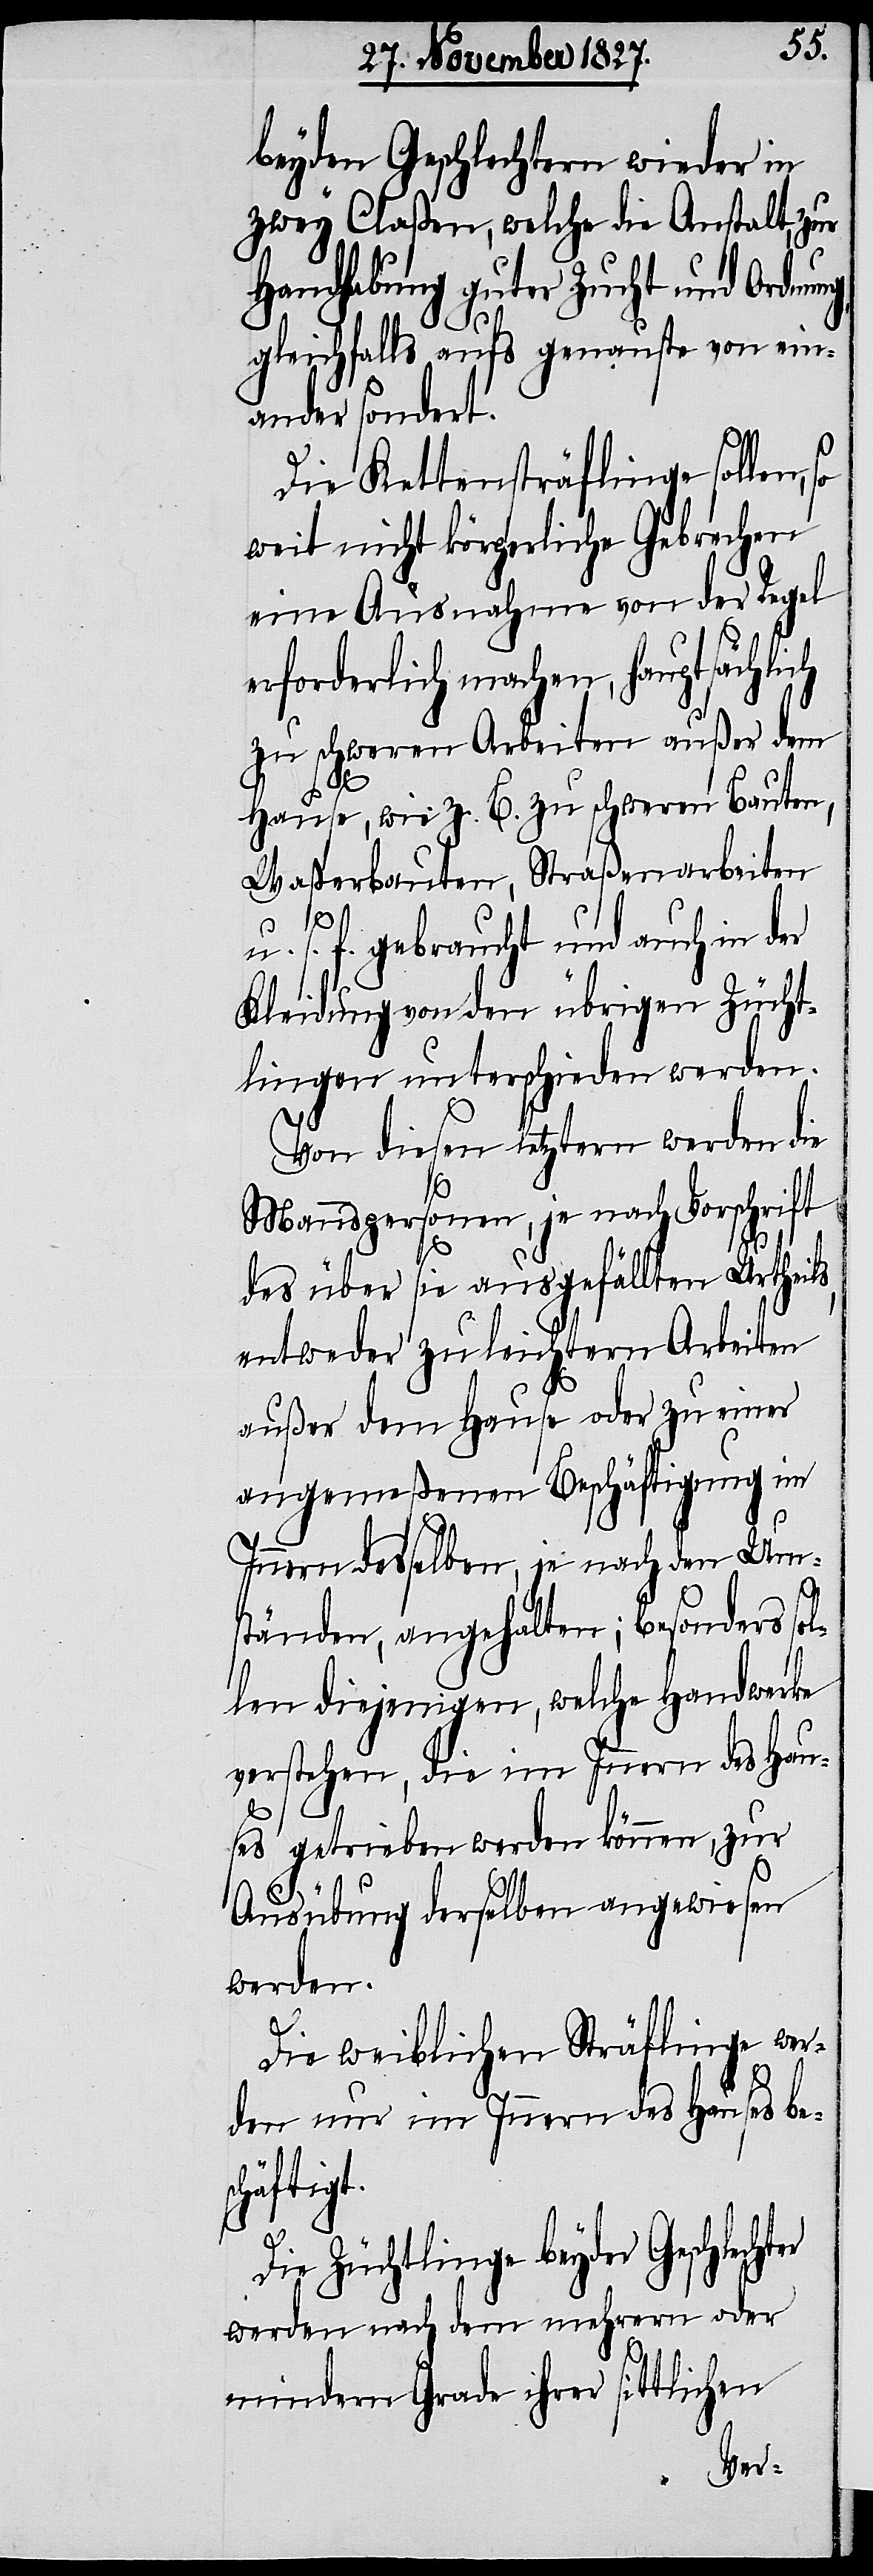
beyden Geschlechtern wieder in
zwey Claßen, welche die Anstalt, zur
Handhabung guter Zucht und Ordnun¬
ter
gleichfalls aufs genauste von ein¬
ander sondert.
Die Kettensträflinge sollen,
weit nicht körperliche Gebrechen
eine Ausnahme von der Regel
erforderlich machen, hauptsächlich
zu schwerern Arbeiten außer dem
Hause, wie z. B. zu schweren Bauten,
Waßerbauten, Straßenarbeiten
u. s. f. gebraucht und auch in der
Kleidung von den übrigen Zücht¬
lingen unterschieden werden.
Von diesen letztern werden die
Mannspersonen, je nach Vorschrift
des über sie ausgefällten Urtheils,
entweder zu leichtern Arbeiten
außer dem Hause oder zu einer
angemeßenen Beschäftigung im
Innern desselben, je nach den Um¬
ständen, angehalten; besonders sol¬
len diejenigen, welche Handwerke
verstehen, die im Innern des Hau¬
ses getrieben werden können, zur
Ausübung derselben angewiesen
werden.
Die weiblichen Sträflinge wer¬
den nur im Innern des Hauses bes¬
chäftigt.
Die Züchtlinge beyder Geschlech¬
werden nach dem mehrern oder
mindern Grade ihrer sittlichen